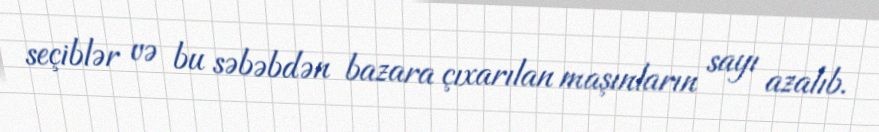
seçiblər və bu səbəbdən bazara çıxarılan maşınların sayı azalıb.